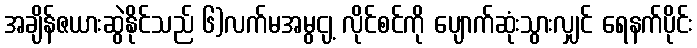
အချိန်ဇယားဆွဲနိုင်သည် ၆)လက်မအမွငျ့ လိုင်စင်ကို ပျောက်ဆုံးသွားလျှင် ရေနက်ပိုင်း